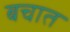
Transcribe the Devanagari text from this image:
बचात